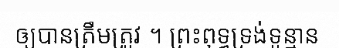
ឲ្យបានត្រឹមត្រូវ ។ ព្រះពុទ្ធទ្រង់ទូន្មាន